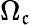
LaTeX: \Omega_{\mathfrak{c}}